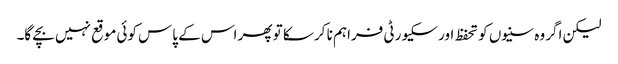
لیکن اگر وہ سنیوں کو تحفظ اور سکیورٹی فراہم نا کر سکا تو پھر اس کے پاس کوئی موقع نہیں بچے گا۔